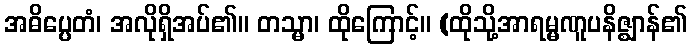
အဓိပ္ပေတံ၊ အလိုရှိအပ်၏။ တသ္မာ၊ ထိုကြောင့်။ (ထိုသို့အာရမ္မဏူပနိဇ္ဈာန်၏